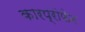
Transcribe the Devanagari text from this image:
कारप्रोफेन